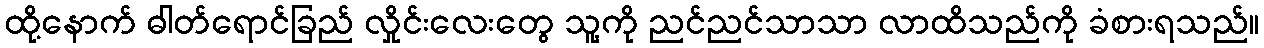
ထို့နောက် ဓါတ်ရောင်ခြည် လှိုင်းလေးတွေ သူ့ကို ညင်ညင်သာသာ လာထိသည်ကို ခံစားရသည်။